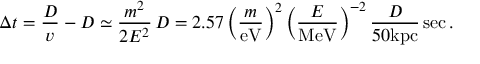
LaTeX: \Delta { t } = \frac { D } { v } - D \simeq \frac { m ^ { 2 } } { 2 E ^ { 2 } } \, D = 2 . 5 7 \left( \frac { m } { \mathrm { e V } } \right) ^ { 2 } \left( \frac { E } { \mathrm { M e V } } \right) ^ { - 2 } \frac { D } { 5 0 \mathrm { k p c } } \, \mathrm { s e c } \, .